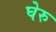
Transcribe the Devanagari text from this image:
घेरु